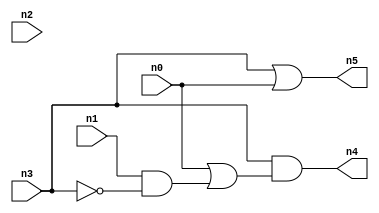
//
// Conformal-LEC Version 16.10-d005 ( 21-Apr-2016 ) ( 64 bit executable )
//
module cir1 ( n0 , n1 , n2 , n3 , n4 , n5 );
input n0 , n1 , n2 , n3 ;
output n4 , n5 ;

wire n12 , n13 , n14 , n15 , n16 , n17 , n18 , n19 , n20 , 
     n21 , n22 , n23 , n24 , n25 ;
buf ( n4 , n22 );
buf ( n5 , n25 );
buf ( n14 , n3 );
buf ( n15 , n0 );
buf ( n16 , n1 );
not ( n17 , n14 );
and ( n18 , n16 , n17 );
or ( n19 , n15 , n18 );
and ( n20 , n14 , n19 );
buf ( n21 , n20 );
buf ( n22 , n21 );
or ( n23 , n14 , n15 );
buf ( n24 , n23 );
buf ( n25 , n24 );
endmodule